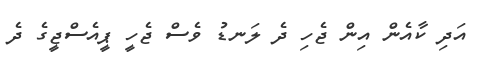
އަދި ކާއެން އިން ޖެހި ދެ ލަނޑު ވެސް ޖެހީ ޕީއެސްޖީގެ ދެ